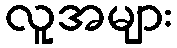
လူအများ